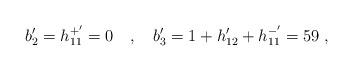
LaTeX: \begin{align*}b'_2=h_{11}^{+'}=0 \quad , \quad b'_3=1+h'_{12}+h_{11}^{-'}=59\; ,\end{align*}